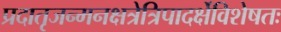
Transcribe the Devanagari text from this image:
प्रदातृजन्मनक्षत्रेत्रिपादर्क्षेविशेषतः